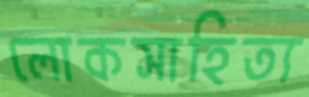
লোকসাহিত্য